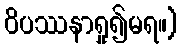
ဝိပဿနာရှု၍မရ။)